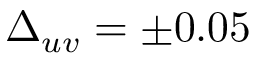
\Delta _ { u v } = \pm 0 . 0 5